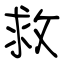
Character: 救